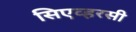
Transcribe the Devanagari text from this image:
सिएव्हरसी